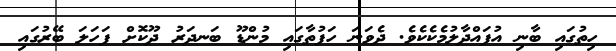
ހިތުގައި ބާނި އުފައްދާލުމެކެކެވެ. ދެވަނަ ހަފުތާގައި މުންޑޫ ބަނދަރު ދޫކޮށް ފަހަލަ ބޭރުގައި